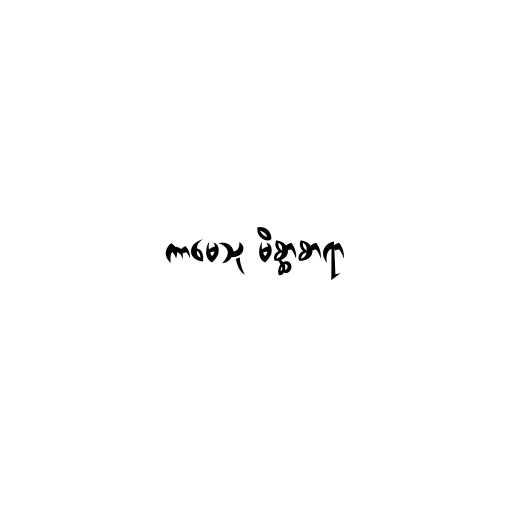
ကာမေသု မိစ္ဆာစာရာ